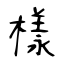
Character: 樣